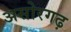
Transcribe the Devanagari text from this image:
असोरगढ़